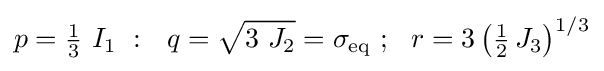
p={\tfrac {1}{3}}~I_{1}~:~~q={\sqrt {3~J_{2}}}=\sigma _{\mathrm {eq} }~;~~r=3\left({\tfrac {1}{2}}\,J_{3}\right)^{1/3}